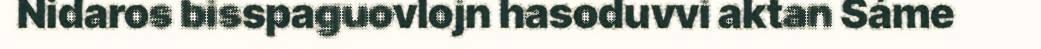
Nidaros bisspaguovlojn hasoduvvi aktan Sáme